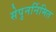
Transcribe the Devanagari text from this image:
सेपुनर्निमित